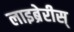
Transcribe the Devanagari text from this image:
लाइब्रेरीस्